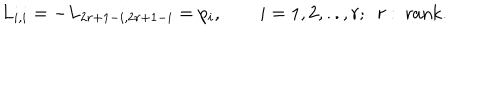
LaTeX: L _ { i , i } = - L _ { 2 r + 1 - i , 2 r + 1 - i } = p _ { i } , \qquad i = 1 , 2 , . . , r ; ~ ~ r : \mathrm { ~ r a n k } .